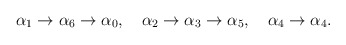
\begin{align*}\alpha_{1}\rightarrow\alpha_{6}\rightarrow\alpha_{0},\quad\alpha_{2}\rightarrow\alpha_{3}\rightarrow\alpha_{5},\quad \alpha_{4}\rightarrow\alpha_{4}.\end{align*}